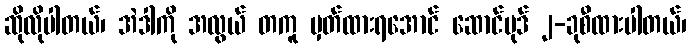
ဆိုလိုပါတယ်၊ အဲဒါကို အလွယ် တကူ မှတ်ထားရအောင် ဆောင်ပုဒ် ၂-ခုစီထားပါတယ်၊